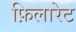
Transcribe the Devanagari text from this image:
फ़िलारेट